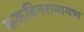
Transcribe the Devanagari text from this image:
ककबिनरामायण